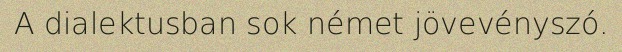
A dialektusban sok német jövevényszó.